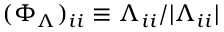
( \Phi _ { \Lambda } ) _ { i i } \equiv \Lambda _ { i i } / | \Lambda _ { i i } |